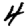
Digit: 4